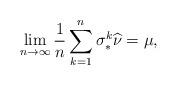
LaTeX: \begin{align*} \lim_{n \to \infty} \frac{1}{n} \sum_{k=1}^n \sigma^k_\ast \widehat{\nu}=\mu,\end{align*}